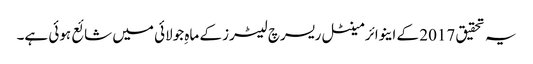
یہ تحقیق 2017 کے اینوائرمینٹل ریسرچ لیٹرز کے ماہِ جولائی میں شائع ہوئی ہے۔